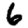
Digit: 6